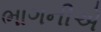
ભાગનીએ